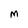
Character: M